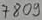
Text: 7809